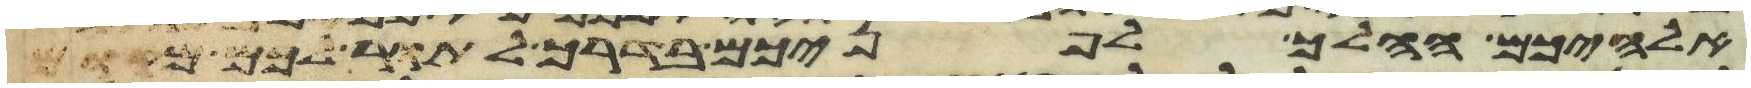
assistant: אלהיכם ההלך לפניכם בדרך לתור לכם מקום